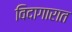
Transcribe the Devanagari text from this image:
विदागारात